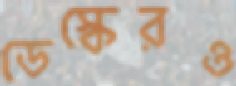
ডেস্কেরও